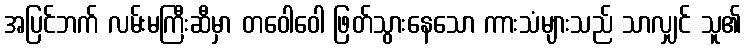
အပြင်ဘက် လမ်းမကြီးဆီမှာ တဝေါဝေါ ဖြတ်သွားနေသော ကားသံများသည် သာလျှင် သူ၏